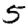
Digit: 5